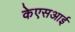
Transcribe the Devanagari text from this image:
केएसआई